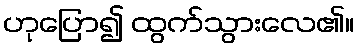
ဟုပြော၍ ထွက်သွားလေ၏။